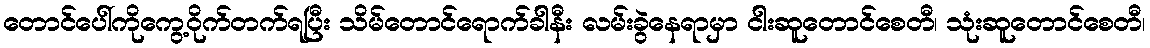
တောင်ပေါ်ကိုကွေ့ဝိုက်တက်ရပြီး သိမ်တောင်ရောက်ခါနီး လမ်းခွဲနေရာမှာ ငါးဆူတောင်စေတီ၊ သုံးဆူတောင်စေတီ၊